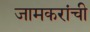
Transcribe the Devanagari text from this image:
जामकरांची